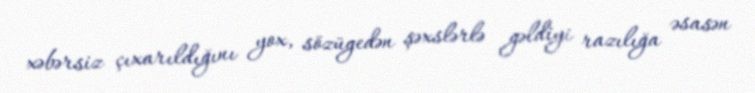
xəbərsiz çıxarıldığını yox, sözügedən şəxslərlə gəldiyi razılığa əsasən